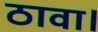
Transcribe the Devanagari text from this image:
ठावा।